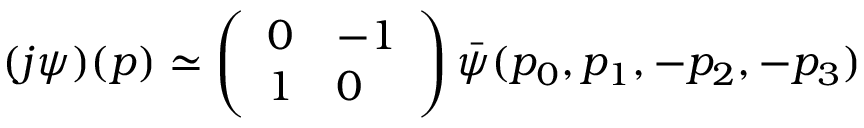
( j \psi ) ( p ) \simeq \left( \begin{array} { l l } { { 0 } } & { { - 1 } } \\ { { 1 } } & { { 0 } } \end{array} \right) \bar { \psi } ( p _ { 0 } , p _ { 1 } , - p _ { 2 } , - p _ { 3 } )